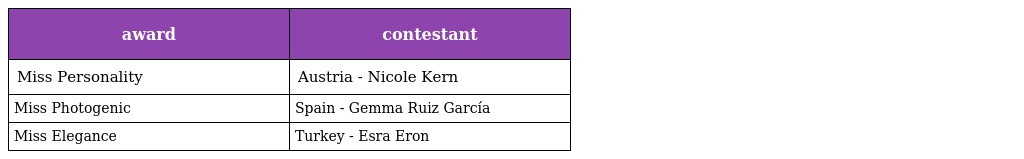
| award | contestant |
 | --- | --- |
 | Miss Personality | Austria - Nicole Kern |
 | Miss Photogenic | Spain - Gemma Ruiz García |
 | Miss Elegance | Turkey - Esra Eron |